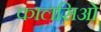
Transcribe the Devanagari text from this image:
कालसिओ